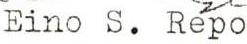
Eino S. Repo